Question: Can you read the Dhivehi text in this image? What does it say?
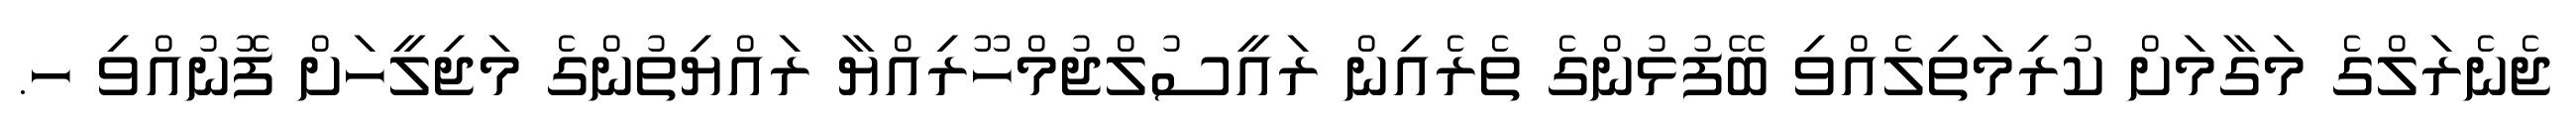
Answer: ޖެނެރަލްގެ މަގާމަށް ކުރިމަތިލެއްވި ބޭފުޅުންގެ ތެރެއިން ރައީސުލްޖުމްހޫރިއްޔާ ރައްޔިތުންގެ މަޖިލީހަށް ފޮނުއްވި ހ.